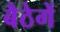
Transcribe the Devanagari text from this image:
बैठेगें